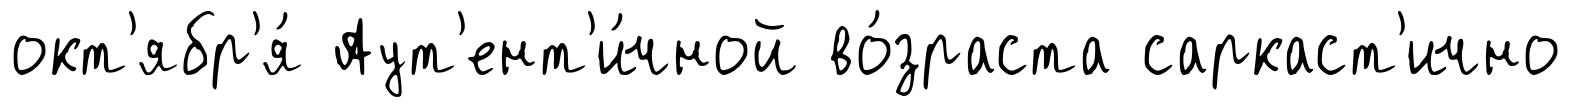
окт'ябр'я́ Аут'ент'и́чной во́зраста саркаст'ично